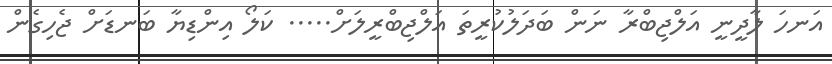
އަނހަ ލާދީނީ އަލްޖިބްރާ ނަން ބަދަލުކުރީތަ އަލްޖިބްރީލަށް..... ކަލޯ އިންޑިޔާ ބަނޑަށް ޖެހިގެން